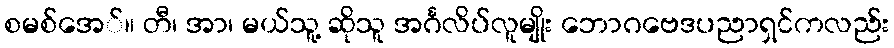
စမစ်အေ်။ တီ၊ အာ၊ မယ်သူ့ ဆိုသူ အင်္ဂလိပ်လူမျိုး ဘောဂဗေဒပညာရှင်ကလည်း